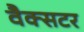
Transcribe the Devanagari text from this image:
वैक्सटर